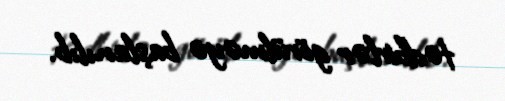
tədbirlər görülməyə başlanılıb.